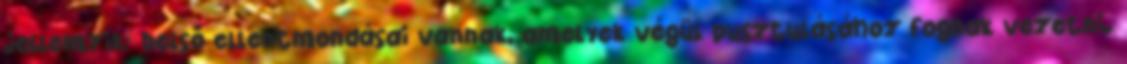
jellemzik; belső ellentmondásai vannak, amelyek végül pusztulásához fognak vezetni.